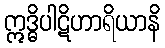
ဣဒ္ဓိပါဋိဟာရိယာနိ